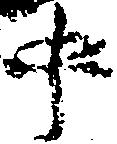
中